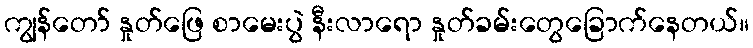
ကျွန်တော် နှုတ်ဖြေ စာမေးပွဲ နီးလာရော နှုတ်ခမ်းတွေခြောက်နေတယ်။